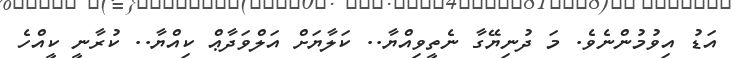
އަޑު އިވުމުންނެވެ. މަ ދުނިޔޭގާ ނެތީވިއްޔާ.. ކަލާޔަށް އަލްވަދާޢް ކިއްޔާ.. ކުރާނީ ކީއްހެ